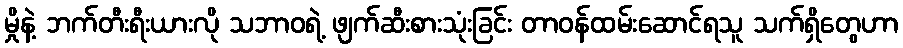
မှိုနဲ့ ဘက်တီးရီးယားလို သဘာဝရဲ့ ဖျက်ဆီးစားသုံးခြင်း တာဝန်ထမ်းဆောင်ရသူ သက်ရှိတွေဟာ